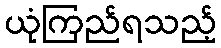
ယုံကြည်ရသည့်